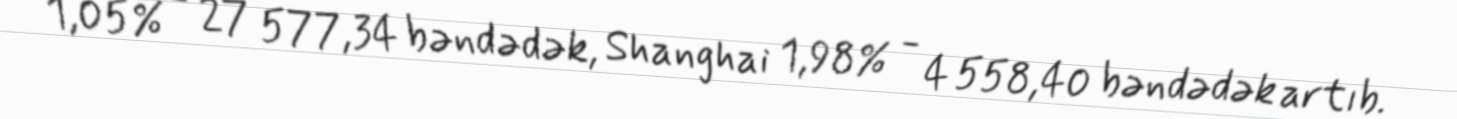
1,05% - 27 577,34 bəndədək, Shanghai 1,98% - 4 558,40 bəndədək artıb.